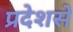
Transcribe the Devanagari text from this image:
प्रदेशसे